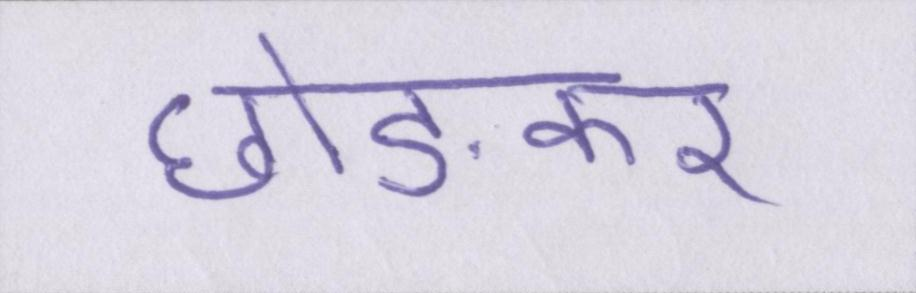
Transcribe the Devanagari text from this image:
छोङकर